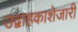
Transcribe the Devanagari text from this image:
उद्वाहकाशेजारी